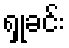
ရှုခင်း